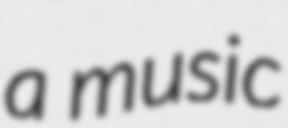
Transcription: a music